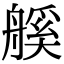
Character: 𦩶